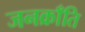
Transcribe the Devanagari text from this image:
जनक्राँति